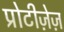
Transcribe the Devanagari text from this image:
प्रोटीज़ेज़